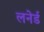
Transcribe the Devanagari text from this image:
लनेर्ड